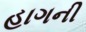
હાગની